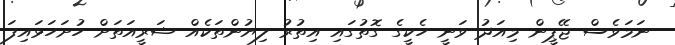
ނަމަވެސް ޖޭޕީން މިއަދު ވަނީ ހެކީގެ ގޮތުގައި އިތުރު ލިޔުންތަކެއް ޝަރީއަތަށް ހުށަހަޅައިފަ